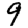
Digit: 9